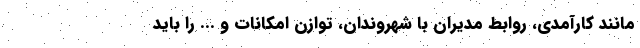
مانند کارآمدی، روابط مدیران با شهروندان، توازن امکانات و ... را باید